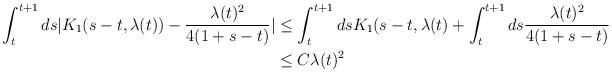
LaTeX: \begin{align*} \int_{t}^{t+1} ds |K_{1}(s-t,\lambda(t))-\frac{\lambda(t)^{2}}{4(1+s-t)}|&\leq \int_{t}^{t+1} ds K_{1}(s-t,\lambda(t) + \int_{t}^{t+1} ds \frac{\lambda(t)^{2}}{4(1+s-t)}\\&\leq C \lambda(t)^{2} \end{align*}